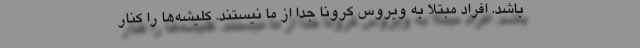
باشد. افراد مبتلا به ویروس کرونا جدا از ما نیستند. کلیشه‌ها را کنار